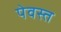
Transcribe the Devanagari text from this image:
पेवस्त